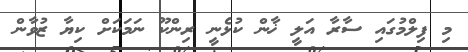
މި ފިލްމުގައި ސާރާ އަލީ ޚާން ކުޅެނީ ރިންކޫ ނަމަކަށް ކިޔާ ޒުވާން